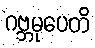
ဂဗ္ဘမုပေတိ